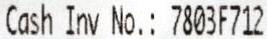
CASH INV NO.: 7803F712